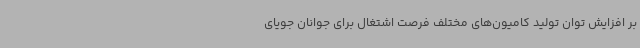
بر افزایش توان تولید کامیون‌های مختلف فرصت اشتغال برای جوانان جویای